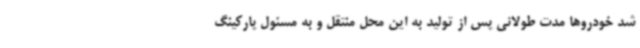
شد خودروها مدت طولانی پس از تولید به این محل منتقل و به مسئول پارکینگ